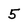
Character: 5